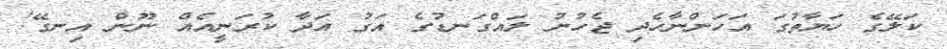
ކަލޭގެ ހަޔާތުގަ އަހަންނާހެދި ޖެހުނު ލައްގަނޑުގެ އަގު އަދާ ކުރަނީއެއް ނޫން އިނގޭ!